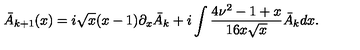
\bar { A } _ { k + 1 } ( x ) = i \sqrt { x } ( x - 1 ) \partial _ { x } \bar { A } _ { k } + i \int \frac { 4 \nu ^ { 2 } - 1 + x } { 1 6 x \sqrt { x } } \bar { A } _ { k } d x .